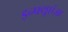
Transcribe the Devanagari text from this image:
इन्फ्यूएंज़ा